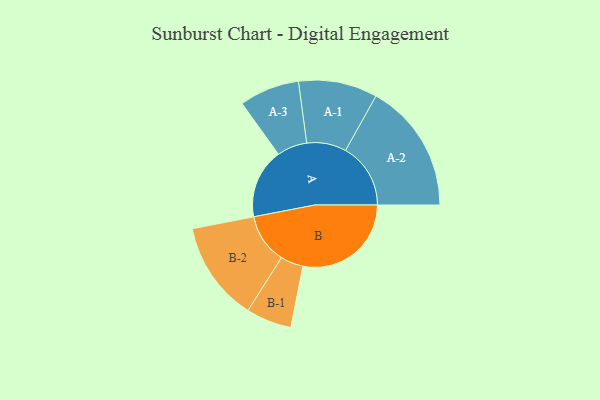
{"axis": {"x": "Segment", "y": "Value"}, "legend": ["", "A", "B"], "data": [{"x": "A", "y": 313, "type": ""}, {"x": "B", "y": 486, "type": ""}, {"x": "A-1", "y": 177, "type": "A"}, {"x": "A-2", "y": 292, "type": "A"}, {"x": "A-3", "y": 135, "type": "A"}, {"x": "B-1", "y": 102, "type": "B"}, {"x": "B-2", "y": 224, "type": "B"}]}